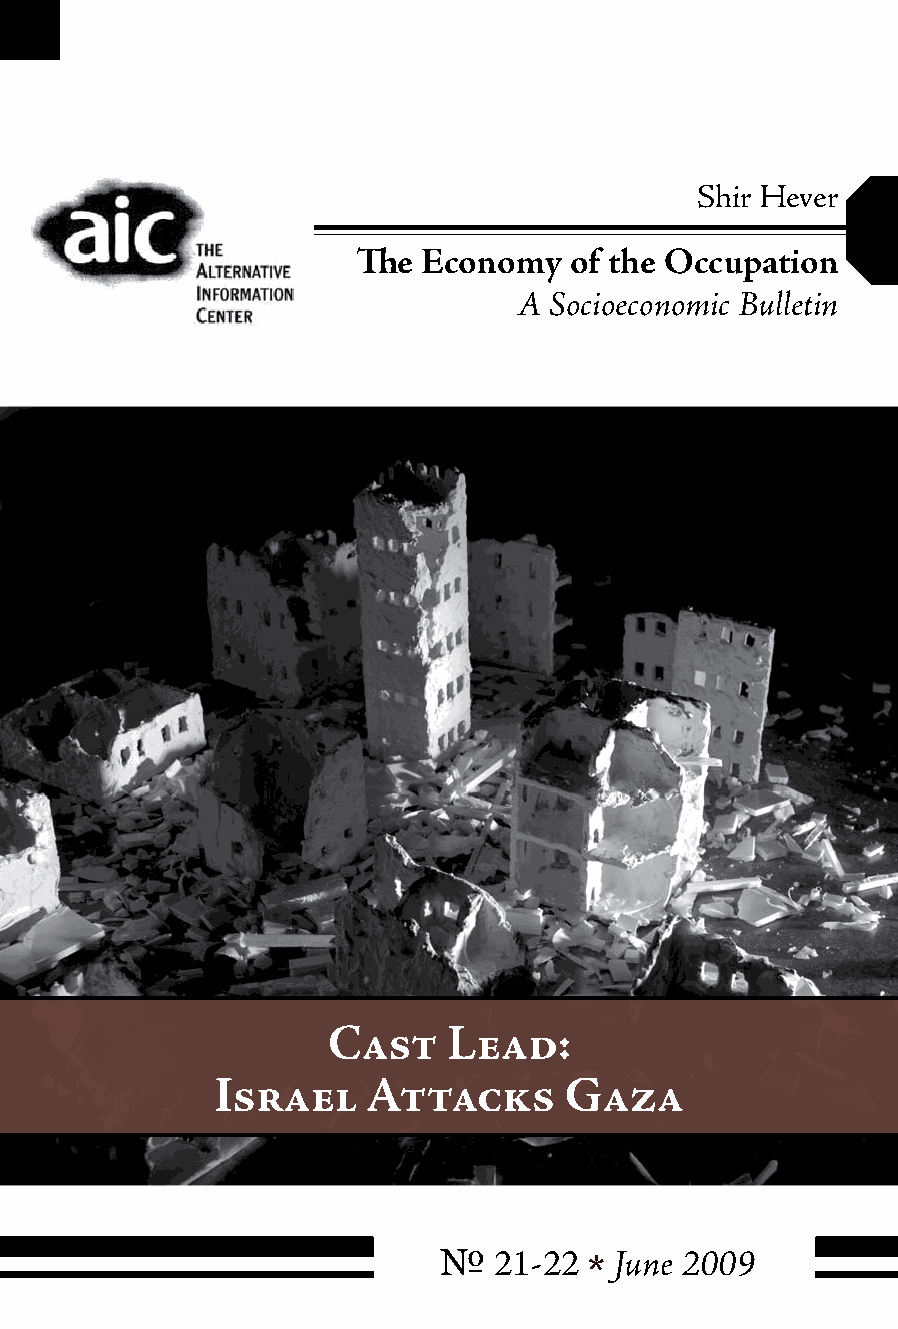
Shir Hever
 The Economy   of the Occupation
 A Socioeconomic Bulletin
 Cast    Lead:
 Israel    Attacks      Gaza
 №   21-22 * June 2009